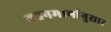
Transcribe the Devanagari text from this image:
वहनमार्गानुसार